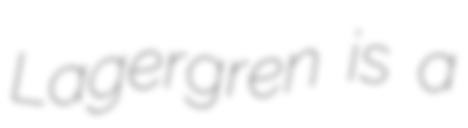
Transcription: Lagergren is a